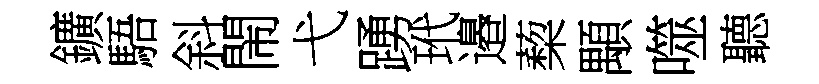
鑛䮏斜閙弋踴玳邉蔾顒噬聽